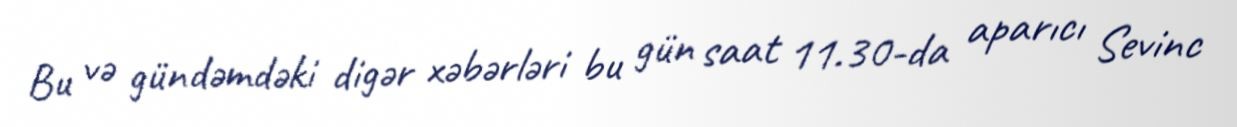
Bu və gündəmdəki digər xəbərləri bu gün saat 11.30-da aparıcı Sevinc